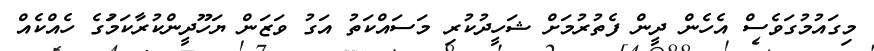
މިގައުމުގަވެސް އެހެން ދީން ފެތުރުމަށް ޝަހީދުކުރި މަސައްކަތު އަގު ވަޒަން ޔަހޫދީންކުރާކަމަުގެ ހެއްކެއް